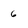
Character: 6